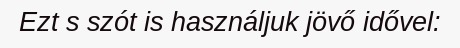
Ezt s szót is használjuk jövő idővel: